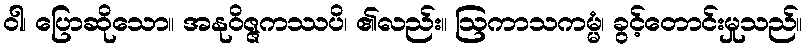
ဝါ၊ ပြောဆိုသော။ အနုဝိဇ္ဇကဿပိ၊ ၏လည်း။ ဩကာသကမ္မံ၊ ခွင့်တောင်းမှုသည်။